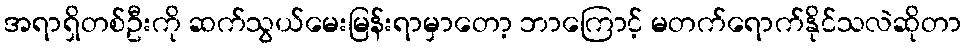
အရာရှိတစ်ဦးကို ဆက်သွယ်မေးမြန်းရာမှာတော့ ဘာကြောင့် မတက်ရောက်နိုင်သလဲဆိုတာ